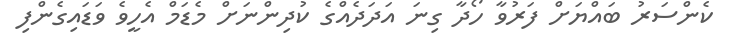
ކެންސަރު ބައްޔަށް ފަރުވާ ހޯދާ ގިނަ އަދަދެއްގެ ކުދިންނަށް މެޑަމް އެހީވެ ވަޑައިގެންފި